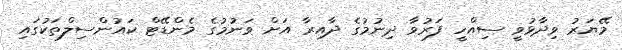
މޭޔަރު ވިދާޅުވީ ސިއްހީ ފަރުވާ ދިނުމުގެ ދާއިރާ އަށް ވަނުމުގެ މެންޑޭޓް ކައުންސިލްތަކުގައި